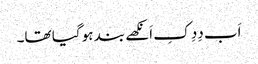
اَب دِدِ کِ اَنکھے بند ہو گیا تھا۔